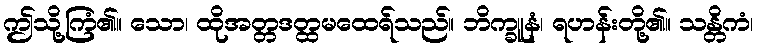
ဤသို့ကြံ၏။ သော၊ ထိုအတ္တဒတ္ထမထေရ်သည်။ ဘိက္ခူနံ၊ ရဟန်းတို့၏။ သန္တိကံ၊